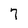
Character: 7